Civil Veterinary Department Bengal reports 1923-33 - 1923-1933
Year: 1923
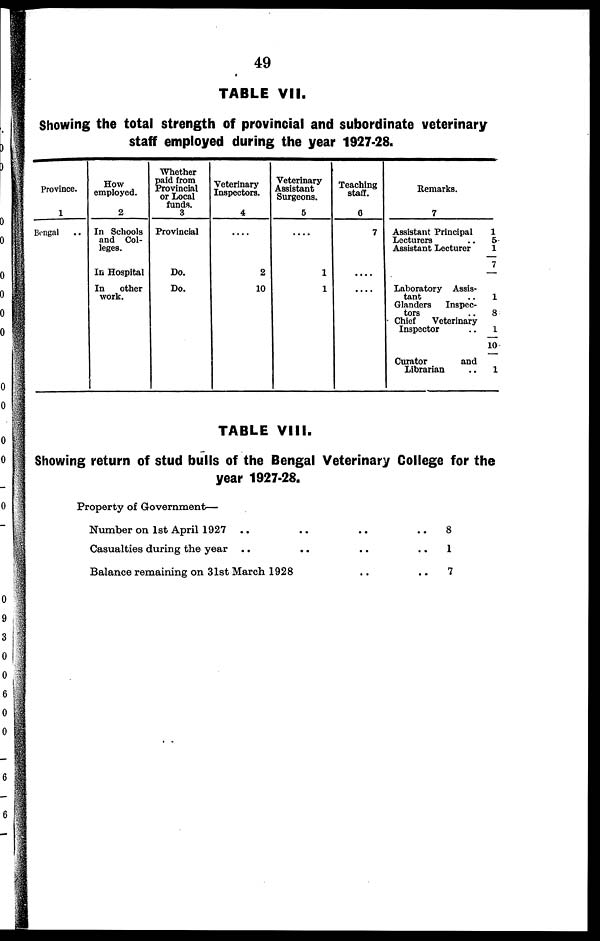
49
TABLE VII.
Showing the total strength of provincial and subordinate veterinary
staff employed during the year 1927-28.
Province.
1
Bengal ..
How
employed.
2
In Schools
and Col-
leges.
In Hospital
In other
work.
Whether
paid from
Provincial
or Local
funds.
3
Provincial
Do.
Do.
Veterinary
Inspectors.
4
....
2
10
Veterinary
Assistant
Surgeons.
5
....
1
1
Teaching
staff.
6
7
....
....
Remarks.
7
Assistant Principal
Lecturers
Assistant Lecturer
Laboratory Assis-
tant ..
Glanders Inspec-
tors
Chief
Veterinary
Inspector
Curator
and
Librarian
1
5
1
7
1
8
1
10
1
TABLE VIII.
Showing return of stud hulls of the Bengal Veterinary College for the
year 1927-28.
Property of Government—
Number on 1st April 1927 .. ..
Casualties during the year .. ..
Balance remaining on 31st March 1928
..
..
..
..
..
..
8
1
7